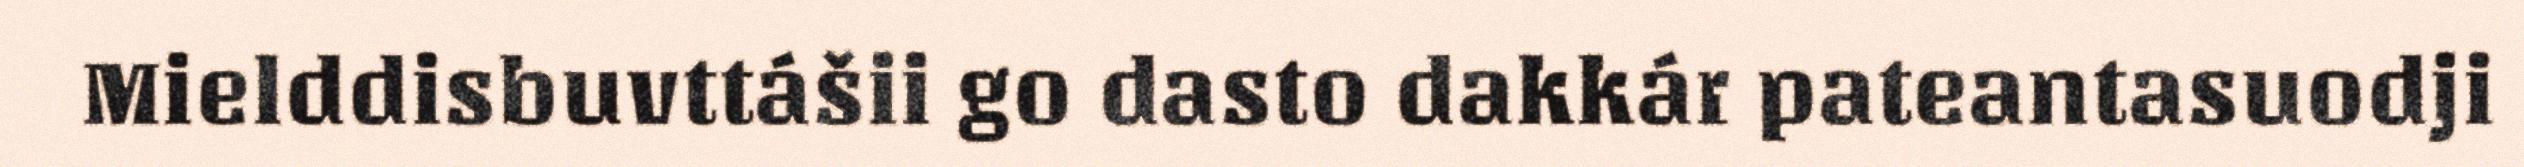
Mielddisbuvttášii go dasto dakkár pateantasuodji